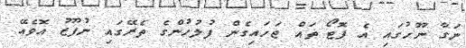
ނަގާ ނޫހުގައި އެ ފޮޓޯ ތައް ޖަހައިގެން ފުލުހުންގެ ތެރޭގައި ނުފޫޒު އޮވެއޭ